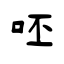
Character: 呸